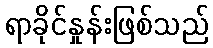
ရာခိုင်နှုန်းဖြစ်သည်